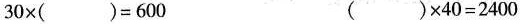
$$3 0 \times ( ) = 6 0 0$$$$( ) \times 4 0 = 2 4 0 0$$